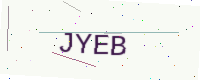
Text: JYEB